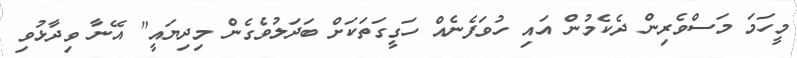
މީހަމަ މަސްވެރިން ދެކެމުން އައި ހުވަފެނެއް ހަގީގަތަކަށް ބަދަލުވެގެން މިދިޔައީ" އޭނާ ވިދާޅުވި